King Institute of Preventive Medicine Bacteriolog. Section reports 1907-08
Year: 1907
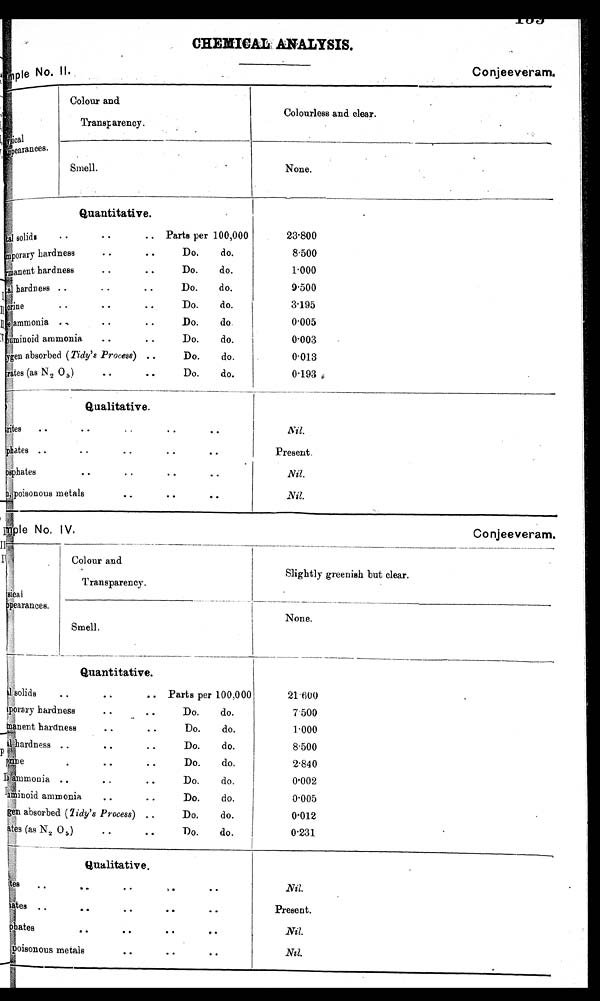
C H E M I C A L S A N A L Y S I S .
Sample No.II. Conjeeveram.
physical
appearances.
Colour and
Transparency.
Colourless and clear.
____
Smell.
None.
Quantitative.
l solids
• •
• •
.. Parts per 100,000
forary hardness
. .
• •
Do.
do.
manent hardness
. .
.
Do.
do.
hardness . .
.
• •
Do.
do.
orine
crine
• •
• •
• •
Do.
do.
ammonia
• •
• •
Do.
do.
buminoid ammonia.
..
..
Do.
do.
Ygen absorbed (Tidy's Profess) . .
Do.
do.
rates (as N2 0 5 )
• •
• •
Do.
do.
.
23.800
8.500
1.000
9.500
3.195
0.005
0.003
0.013
0.193
Qualitative.
rites..
• .
• •
• •
• •
phates ..
• •
• •
• •
• •
.
osphates
• •
• •
• •
• •
poisonous metals
—
..
• •
Nil.
Present.
Nil.
Nil.
Sample No. IV.
Co njeeveram.
sical sical
clearances.
_
Colour and
Transparency.
____
Slightly greenish but clear.
_______
Smell.
None.
Quantitative.
solids
• •
• •
.. Parts per 100,000
porary hardness . .
. •
Do.
do.
21.600
7.500
1.000
8.500
2.840
0.002
0.005
0.012
0.231
Qualitativ e .
tes
.
• •
1
•
•
•
ates
ates • • • • • • . •
phates
• •
• •
..
..
poisonous metals
..
• •
• •
Nil.
Present.
.Nil.
N i l .